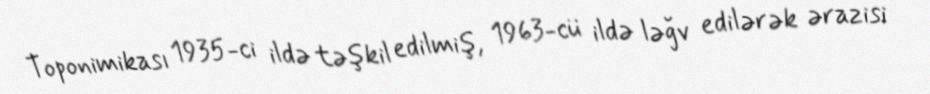
Toponimikası 1935-ci ildə təşkil edilmiş, 1963-cü ildə ləğv edilərək ərazisi